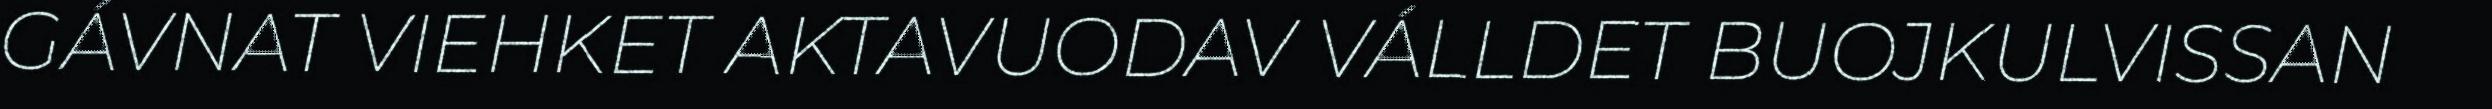
GÁVNAT VIEHKET AKTAVUODAV VÁLLDET BUOJKULVISSAN